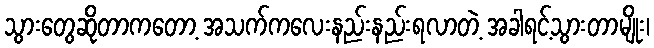
သွားတွေဆိုတာကတော့ အသက်ကလေးနည်းနည်းရလာတဲ့ အခါရင့်သွားတာမျိုး၊